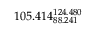
1 0 5 . 4 1 4 _ { 8 8 . 2 4 1 } ^ { 1 2 4 . 4 8 0 }